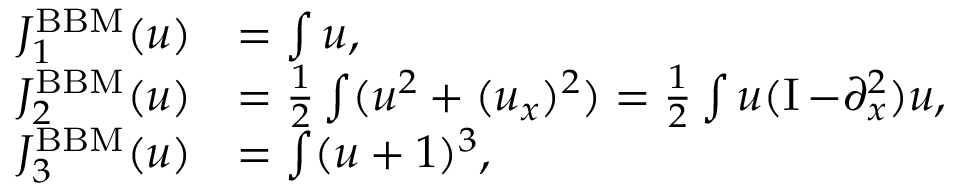
\begin{array} { r l } { J _ { 1 } ^ { \mathrm { B B M } } ( u ) } & { = \int u , } \\ { J _ { 2 } ^ { \mathrm { B B M } } ( u ) } & { = \frac { 1 } { 2 } \int ( u ^ { 2 } + ( u _ { x } ) ^ { 2 } ) = \frac { 1 } { 2 } \int u ( \operatorname { I } - \partial _ { x } ^ { 2 } ) u , } \\ { J _ { 3 } ^ { \mathrm { B B M } } ( u ) } & { = \int ( u + 1 ) ^ { 3 } , } \end{array}